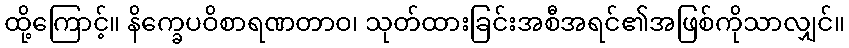
ထို့ကြောင့်။ နိက္ခေပဝိစာရဏတာဝ၊ သုတ်ထားခြင်းအစီအရင်၏အဖြစ်ကိုသာလျှင်။